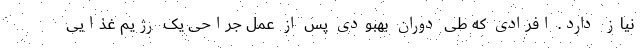
نیاز دارد. افرادی که طی دوران بهبودی پس از عمل جراحی یک رژیم غذایی